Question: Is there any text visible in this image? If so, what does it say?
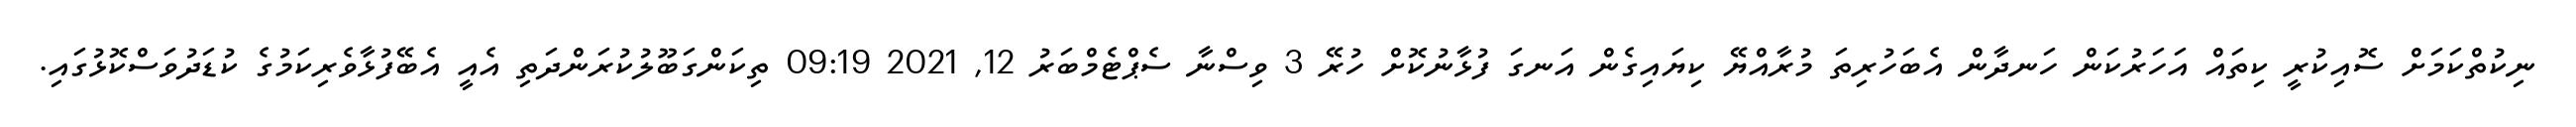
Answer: ނިކުތްކަމަށް ސޮއިކުރީ ކިތައް އަހަރުކަން ހަނދާން އެބަހުރިތަ މުރާއްޔޭ ކިޔައިގެން އަނގަ ފުޅާނުކޮށް ހުރޭ 3 ވިސްނާ ސެޕްޓެމްބަރު 12, 2021 09:19 ތިކަންގަބޫލުކުރަންދަތި އެއީ އެބޭފުޅާވެރިކަމުގެ ކުޑަދުވަސްކޮޅުގައި.